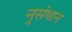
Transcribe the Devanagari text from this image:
नुसंधान